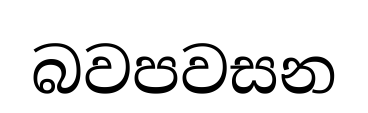
බවපවසන